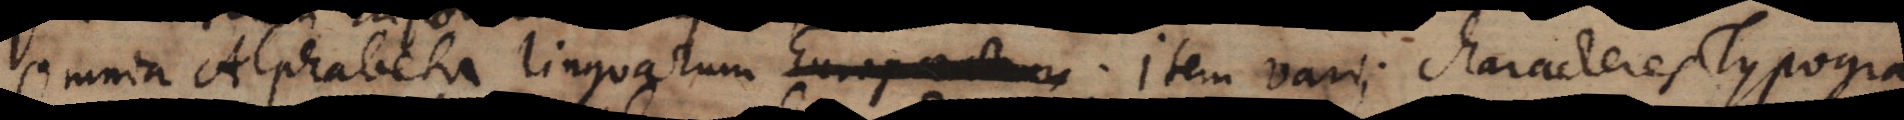
Omnia Alphabeta linguarum. Item varii characteres Typogra